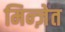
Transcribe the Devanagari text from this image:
मिन्ज़ेत